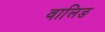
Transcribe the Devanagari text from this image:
वालिङ